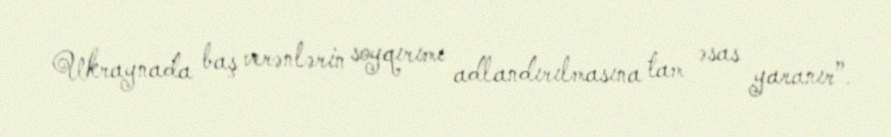
Ukraynada baş verənlərin soyqırımı adlandırılmasına tam əsas yaranır”.